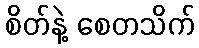
စိတ်နဲ့ စေတသိက်